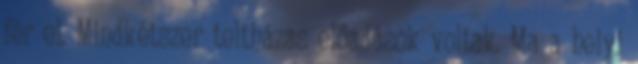
fér el. Mindkétszer teltházas előadások voltak. Ma a helyi